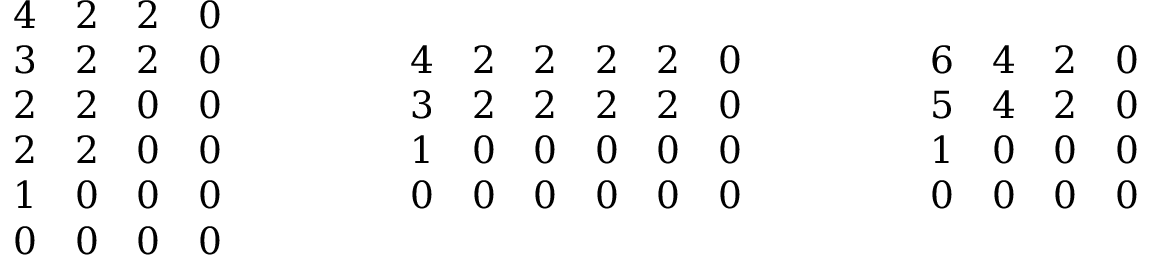
\begin{array} { r } { \begin{array} { c c c c } { 4 } & { 2 } & { 2 } & { 0 } \\ { 3 } & { 2 } & { 2 } & { 0 } \\ { 2 } & { 2 } & { 0 } & { 0 } \\ { 2 } & { 2 } & { 0 } & { 0 } \\ { 1 } & { 0 } & { 0 } & { 0 } \\ { 0 } & { 0 } & { 0 } & { 0 } \end{array} \qquad \qquad \begin{array} { c c c c c c } { 4 } & { 2 } & { 2 } & { 2 } & { 2 } & { 0 } \\ { 3 } & { 2 } & { 2 } & { 2 } & { 2 } & { 0 } \\ { 1 } & { 0 } & { 0 } & { 0 } & { 0 } & { 0 } \\ { 0 } & { 0 } & { 0 } & { 0 } & { 0 } & { 0 } \end{array} \qquad \qquad \begin{array} { c c c c } { 6 } & { 4 } & { 2 } & { 0 } \\ { 5 } & { 4 } & { 2 } & { 0 } \\ { 1 } & { 0 } & { 0 } & { 0 } \\ { 0 } & { 0 } & { 0 } & { 0 } \end{array} } \end{array}